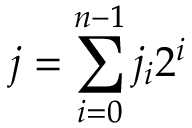
j = \sum _ { i = 0 } ^ { n - 1 } j _ { i } 2 ^ { i }